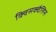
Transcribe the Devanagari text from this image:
क्विसक्वैलिस